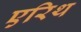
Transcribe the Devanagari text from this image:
एरिथ